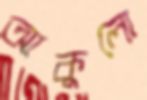
আকুলো